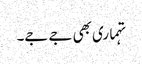
تہماری بھی جے جے۔